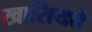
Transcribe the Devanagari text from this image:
खासियते